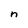
Character: n